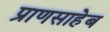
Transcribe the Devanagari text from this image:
प्राणसाहेब